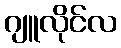
ဂျူလိုင်လ